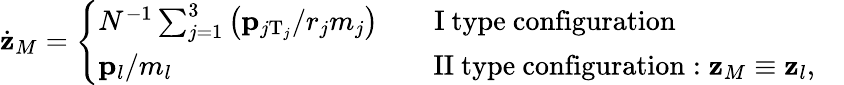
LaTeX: \dot{\mathbf z}_{M}=\left\{ \begin{array}{ll}{{N^{-1}\sum_{j=1}^{3}\left({\mathbf p}_{j\mathrm{T}_{j}}/r_{j}m_{j}\right)\qquad\mathrm{I~type~configuration}}}&{{}}\\ {{{\mathbf p}_{l}/m_{l}\qquad\qquad\qquad\qquad\quad\mathrm{~II~type~configuration}:{\mathbf z}_{M}\equiv{\mathbf z}_{l},}}\end{array}\right.